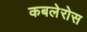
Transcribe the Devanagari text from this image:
कबलेरोस